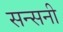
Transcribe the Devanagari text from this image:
सन्सनी